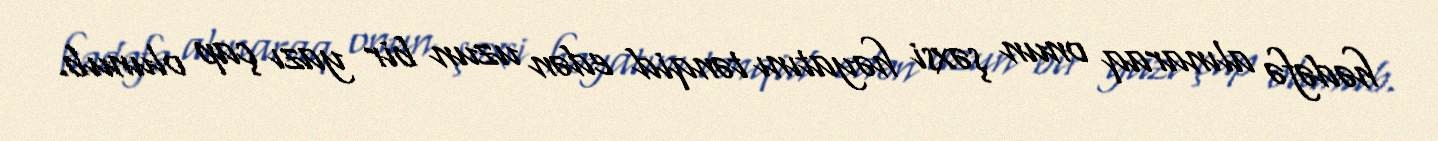
hədəfə alınaraq onun şəxsi həyatını tənqid edən uzun bir yazı çap olunub.